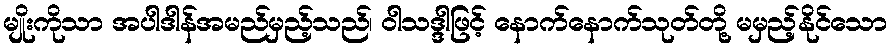
မျိုးကိုသာ အပါဒါန်အမည်မှည့်သည်၊ ဝါသဒ္ဒါဖြင့် နောက်နောက်သုတ်တို့ မမှည့်နိုင်သော